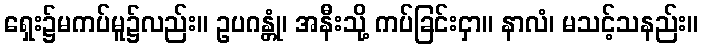
ရှေး၌မကပ်မူ၌လည်း။ ဥပဂန္တုံ၊ အနီးသို့ ကပ်ခြင်းငှာ။ နာလံ၊ မသင့်သနည်း။